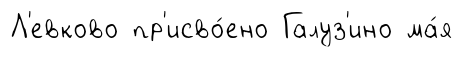
Л'евково пр'исво́ено Галуз'ино ма́я